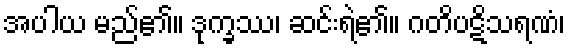
အပါယ မည်၏။ ဒုက္ခဿ၊ ဆင်းရဲ၏။ ဂတိပဋိသရဏံ၊